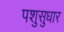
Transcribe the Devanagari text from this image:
पशुसुधार